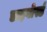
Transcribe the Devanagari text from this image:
डाइवोर्स्ड